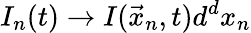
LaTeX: I_{n}(t)\rightarrow I(\vec{x}_{n},t)d^{d}x_{n}